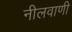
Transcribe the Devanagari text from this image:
नीलवाणी